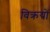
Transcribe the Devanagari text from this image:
विक्रयों